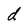
Character: d